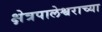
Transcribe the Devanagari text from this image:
क्षेत्रपालेश्वराच्या